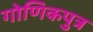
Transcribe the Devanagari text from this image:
गोणिकपुत्र